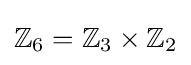
\mathbb {Z} _{6}=\mathbb {Z} _{3}\times \mathbb {Z} _{2}